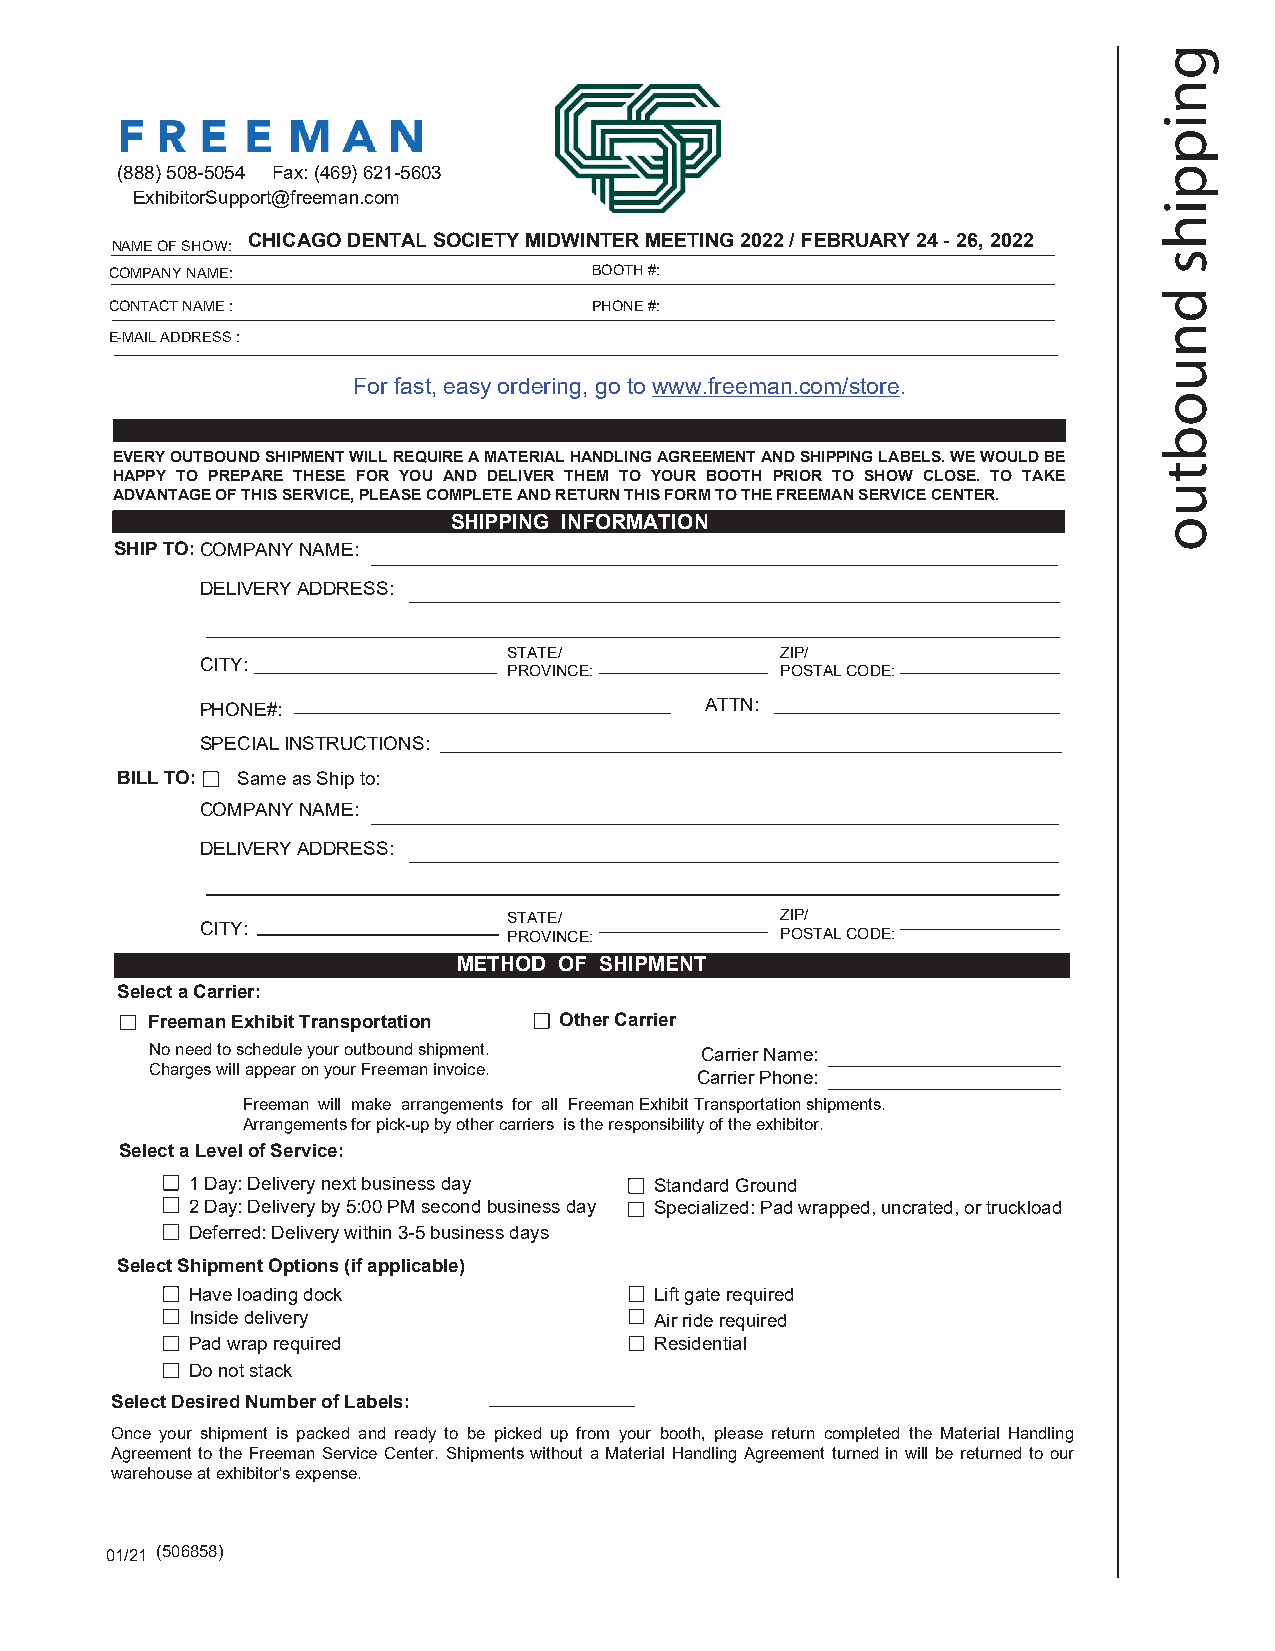
(888)508-5054 Fax: (469) 621-5603
 ExhibitorSupport@freeman.com
 NAME OF SHOW:
 CHICAGO DENTAL SOCIETY MIDWINTER MEETING 2022 / FEBRUARY 24 - 26, 2022
 COMPANY NAME:                   BOOTH #:
 CONTACT NAME :                  PHONE #:
 E-MAIL ADDRESS :
 For fast, easy ordering, go to www.freeman.com/store.
 EVERY OUTBOUND SHIPMENT WILL REQUIRE A MATERIAL HANDLING AGREEMENT AND SHIPPING LABELS. WE WOULD BE
 HAPPY TO PREPARE THESE FOR YOU AND DELIVER THEM TO YOUR BOOTH PRIOR TO SHOW CLOSE. TO TAKE
 ADVANTAGE OF THIS SERVICE, PLEASE COMPLETE AND RETURN THIS FORM TO THE FREEMAN SERVICE CENTER.
 SHIPPING INFORMATION
 SHIP TO: C OMPANY NAME:
 DELIVERY ADDRESS:
 STATE/            ZIP/
 CITY:
 PROVINCE:         POSTAL CODE:
 PHONE#:                           ATTN:
 SPECIAL INSTRUCTIONS:
 BILL T O : Same as Ship to:
 COMPANY NAME:
 DELIVERY ADDRESS:
 STATE/            ZIP/
 CITY:
 PROVINCE:         POSTAL CODE:
 METHOD OF SHIPMENT
 Select a Carrier:
 Freeman Exhibit Transportation Other Carrier
 No need to schedule your outbound shipment. Carrier Name:
 Charges will appear on your Freeman invoice.
 Carrier Phone:
 Freeman will make arrangements for all Freeman Exhibit Transportation shipments.
 Arrangements for pick-up by other carriers is the responsibility of the exhibitor.
 Select a Level of Service:
 1 Day: Delivery next business day Standard Ground
 2 Day: Delivery by 5:00 PM second business day Specialized: Pad wrapped, uncrated, or truckload
 Deferred: Delivery within 3-5 business days
 Select Shipment Options (if applicable)
 Have loading dock              Lift gate required
 Inside delivery                Air ride required
 Pad wrap required              Residential
 Do not stack
 Select Desired Number of Labels:
 Once your shipment is packed and ready to be picked up from your booth, please return completed the Material Handling
 Agreement to the Freeman Service Center. Shipments without a Material Handling Agreement turned in will be returned to our
 warehouse at exhibitor's expense.
 01/21 (506858)
 gnippihs
 dnuobtuo